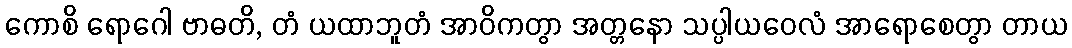
ကောစိ ရောဂေါ ဗာဓတိ, တံ ယထာဘူတံ အာဝိကတွာ အတ္တနော သပ္ပါယဝေလံ အာရောစေတွာ တာယ